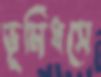
ভূমিধসে